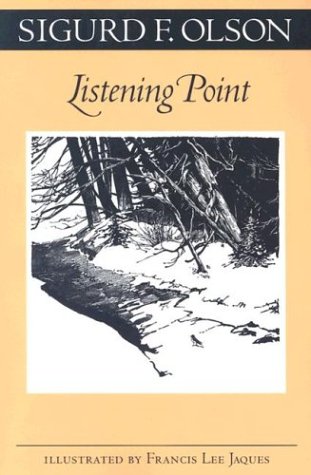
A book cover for Listening Point (Fesler-Lampert Minnesota Heritage); Sigurd F. Olson; Science & Math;